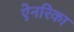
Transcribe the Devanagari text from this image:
ऐनरिका